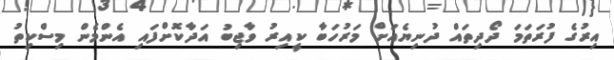
އިރުގެ ފުރަތަމަ ދޯދިތައް ދުނިޔެއަށް މަރުހަބާ ކީއިރު ވާޖިބު އަދާކޮށްފައި އެންމެން މިސްކިތު